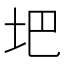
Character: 𪣀